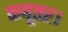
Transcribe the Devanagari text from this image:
कबूतर।